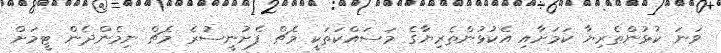
ވަނަ ކުޅުންތެރިޔާ ކަމަށާއި އެކުޅުންތެރިޔާގެ މަސައްކަތަކީ މެޗް ފެށުނީސުރެ މެޗް ނިމެންދެން ޓީމަށް